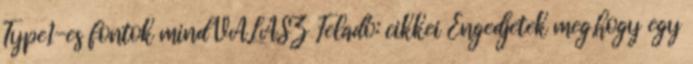
Type1-es fontok mind VÁLASZ Feladó: cikkei Engedjetek meg,hogy egy